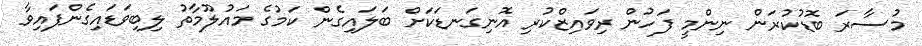
މުސާރަ ބޮޑުކުރަން ނިންމީ ފަހުން ރިވައިޒްކުރި އޮނިގަނޑަކަށް ބަލައިގެން ކަމުގެ މައުލޫމާތު ލިބިވަޑައިގެންފައިވާ